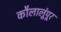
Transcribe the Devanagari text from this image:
कौलालूंपूर